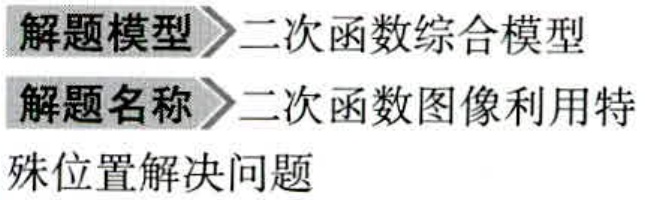
解题模型 \(\rhd\) 二次函数综合模型
解题名称 \(\rhd\) 二次函数图像利用特
殊位置解决问题